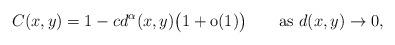
LaTeX: \begin{align*} C(x,y)= 1-c d^\alpha(x,y) \bigl(1+\mathrm{o}(1)\bigr)\qquad\mbox{as } d (x,y)\to0,\end{align*}